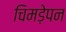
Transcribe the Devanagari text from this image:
चिमड़ेपन